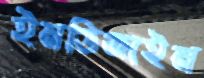
ইনডিজাইন